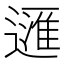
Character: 𲅴